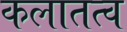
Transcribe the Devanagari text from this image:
कलातत्व